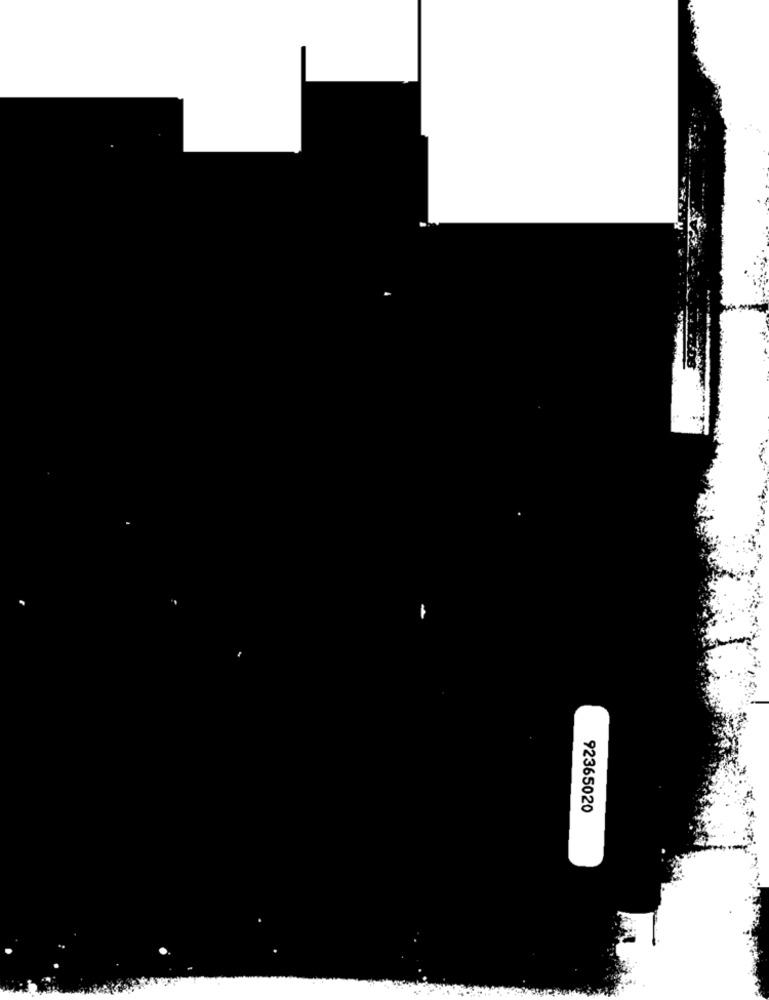
92365020